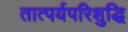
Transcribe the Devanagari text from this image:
तात्पर्यपरिशुद्धि